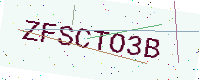
Text: ZFSCTO3B